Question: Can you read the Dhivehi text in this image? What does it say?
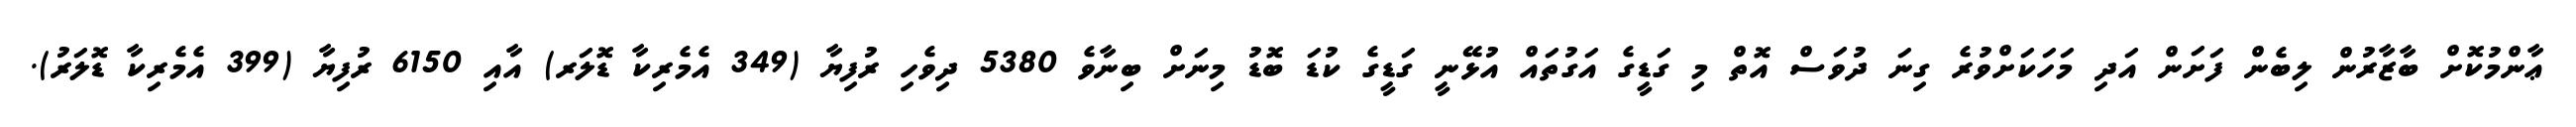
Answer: ޢާންމުކޮށް ބާޒާރުން ލިބެން ފަށަން އަދި މަހަކަށްވުރެ ގިނަ ދުވަސް އޮތް މި ގަޑީގެ އަގުތައް އުޅޭނީ ގަޑީގެ ކުޑަ ބޮޑު މިނަށް ބިނާވެ 5380 ދިވެހި ރުފިޔާ (349 އެމެރިކާ ޑޮލަރ) އާއި 6150 ރުފިޔާ (399 އެމެރިކާ ޑޮލަރު).